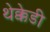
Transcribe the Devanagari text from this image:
थेक्केडी